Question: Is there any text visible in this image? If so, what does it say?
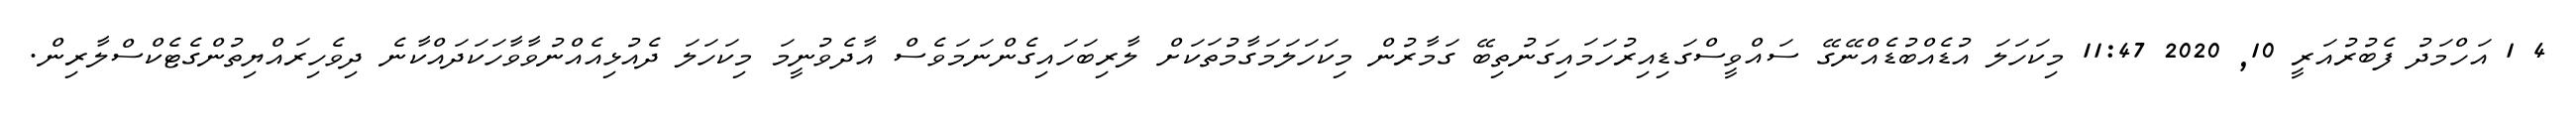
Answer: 4 1 އަހްމަދު ފެބުރުއަރީ 10, 2020 11:47 މިކަހަލަ އުޑެއްބުޑެއްނޭގޭ ސައްވީސްގަޑިއިރުހަމައިގަނުތިބޭ ގަމާރުން މިކަހަލަމަގާމުތަކަށް ލާރިބަހައިގެންނަމަވެސް އާދެވުނީމަ މިކަހަލަ ދެއުޅިއެއްނުވާވާހަކަދައްކާނެ ދިވެހިރައްޔިތުންގެޓެކްސްލާރިން.